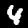
Digit: 4